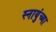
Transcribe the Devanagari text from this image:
स्नायुंच्या